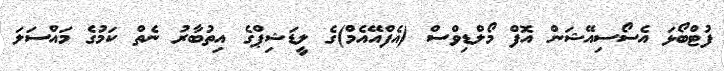
ފުޓްބޯޅަ އެސޯސިއޭޝަން އޮފް މޯލްޑިވްސް (އެފްއޭއެމް)ގެ ލީޑަޝިޕްގެ އިތުބާރު ނެތް ކަމުގެ މައްސަލަ